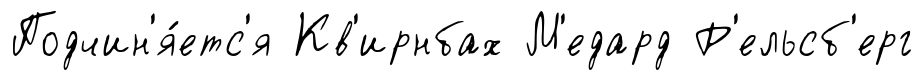
Подчин'я́етс'я Кв'ирнбах М'едард Р'ельсб'ерг